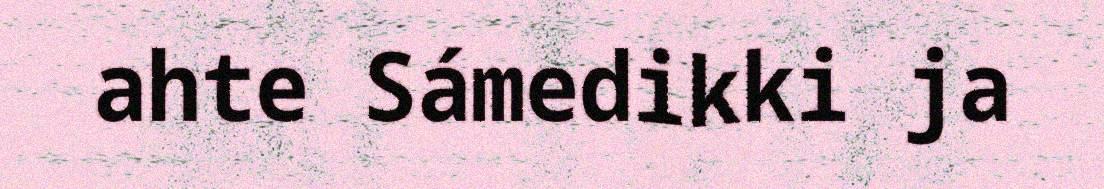
ahte Sámedikki ja